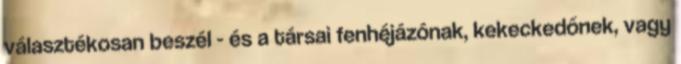
választékosan beszél - és a társai fenhéjázónak, kekeckedőnek, vagy